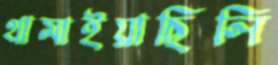
থামাইয়াছিলি